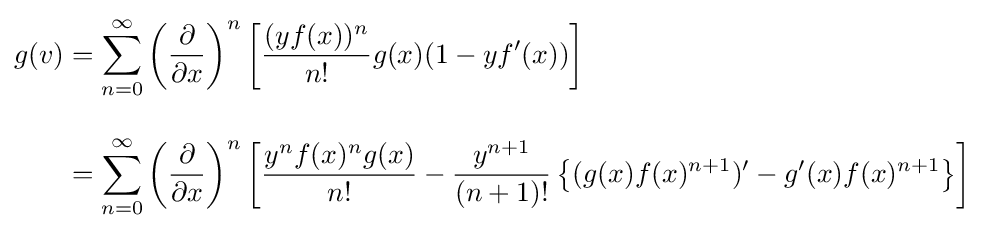
{\begin{aligned}g(v)&=\sum _{n=0}^{\infty }\left({\frac {\partial }{\partial x}}\right)^{n}\left[{\frac {(yf(x))^{n}}{n!}}g(x)(1-yf'(x))\right]\\[10pt]&=\sum _{n=0}^{\infty }\left({\frac {\partial }{\partial x}}\right)^{n}\left[{\frac {y^{n}f(x)^{n}g(x)}{n!}}-{\frac {y^{n+1}}{(n+1)!}}\left\{(g(x)f(x)^{n+1})'-g'(x)f(x)^{n+1}\right\}\right]\end{aligned}}